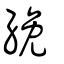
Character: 絻